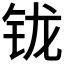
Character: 𰽦